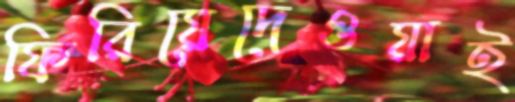
ফিরিয়েদেওয়াই